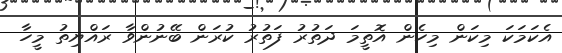
އެކަމަކަ މިކަން މިހެން އޮތީމަ ދަތުރު ފަތުރު ކުރަން ބޭނުންވާ ރައްޔިތު މީހާ